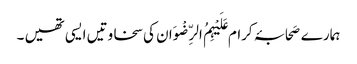
ہمارے صَحابۂ کرام عَلَیْہِمُ الرِّضْوَان کی سخاوتیں ایسی تھیں ۔